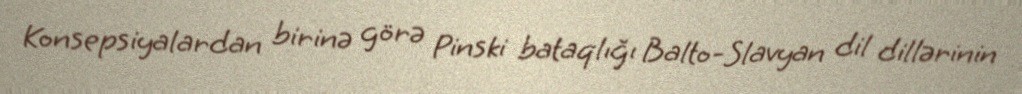
Konsepsiyalardan birinə görə Pinski bataqlığı Balto-Slavyan dil dillərinin